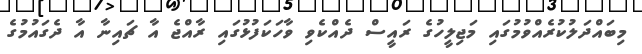
މިބައްދަލުކުރެއްވުމުގައި މަޖިލީހުގެ ރައީސް ދެއްކެވި ވާހަކަފުޅުގައި ރާއްޖެ އާ ޗައިނާ އާ ދެގައުމުގެ